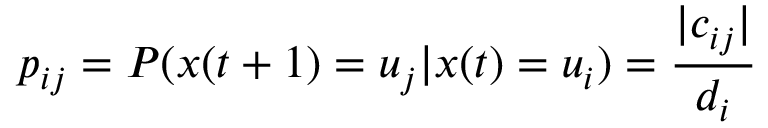
p _ { i j } = P ( x ( t + 1 ) = u _ { j } | x ( t ) = u _ { i } ) = \frac { | c _ { i j } | } { d _ { i } }